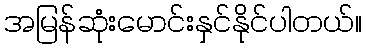
အမြန်ဆုံးမောင်းနှင်နိုင်ပါတယ်။